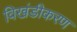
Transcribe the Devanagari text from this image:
विखंडीकरण